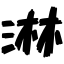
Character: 淋